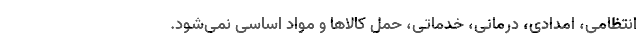
انتظامی، امدادی، درمانی، خدماتی، حمل کالاها و مواد اساسی نمی‌شود.